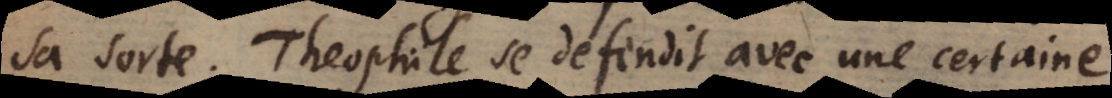
sa sorte. Theophile se defendit avec une certaine